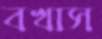
বখাস